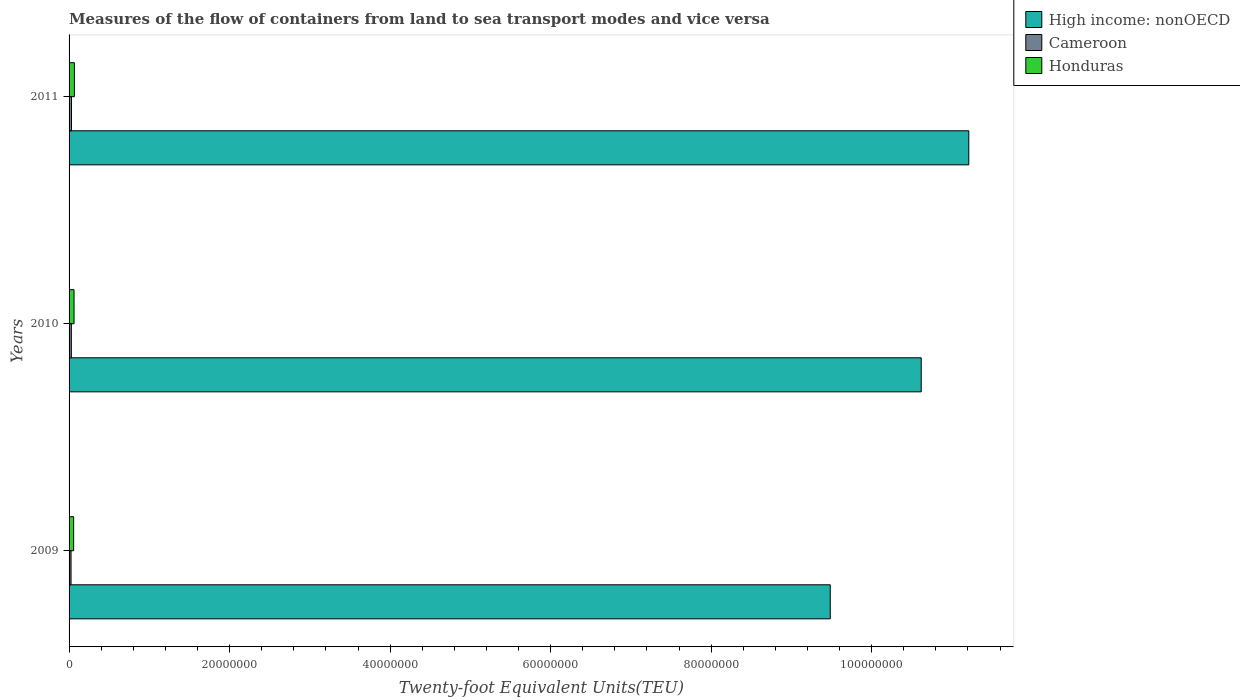
| Years | High income: nonOECD | Cameroon | Honduras |
 | --- | --- | --- | --- |
 | 2009 | 9.48e+07 | 2.46e+05 | 5.72e+05 |
 | 2010 | 1.06e+08 | 2.85e+05 | 6.2e+05 |
 | 2011 | 1.12e+08 | 3.01e+05 | 6.62e+05 |